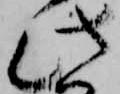
此